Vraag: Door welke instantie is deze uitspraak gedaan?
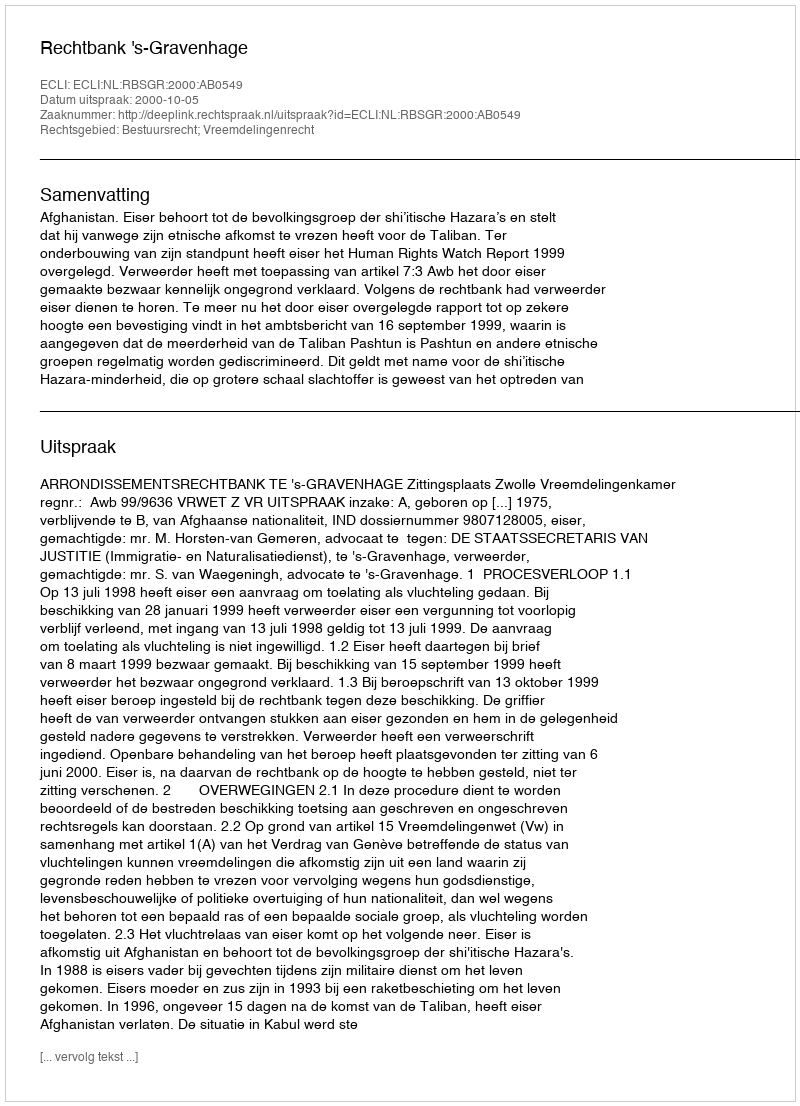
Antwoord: Rechtbank 's-Gravenhage